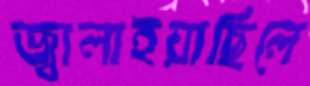
জ্বালাইয়াছিলে